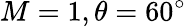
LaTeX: M=1,\theta=60^{\circ}